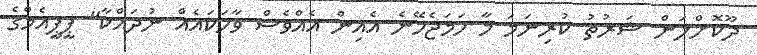
ދޫކޮށްލަން ޝަރުތު ކުރިނަމަ މާ ހަމަޖެހޭނެ އެއިން އެއްވެސް ވާހަކައެއް ނުދައްކާ" ޕީޕީއެމްގެ